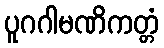
ပူဂဂါမဏိကတ္တံ